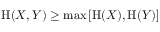
\mathrm { H } ( X , Y ) \geq \operatorname* { m a x } \left[ \mathrm { H } ( X ) , \mathrm { H } ( Y ) \right]